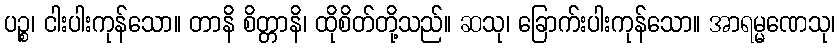
ပဉ္စ၊ ငါးပါးကုန်သော။ တာနိ စိတ္တာနိ၊ ထိုစိတ်တို့သည်။ ဆသု၊ ခြောက်းပါးကုန်သော။ အာရမ္မဏေသု၊